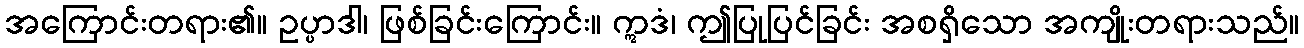
အကြောင်းတရား၏။ ဥပ္ပာဒါ၊ ဖြစ်ခြင်းကြောင်း။ ဣဒံ၊ ဤပြုပြင်ခြင်း အစရှိသော အကျိုးတရားသည်။